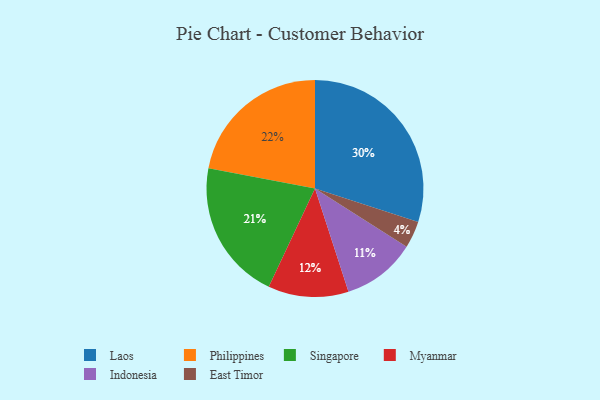
{"axis": {"x": "Category", "y": "Percentage"}, "legend": ["East Timor", "Indonesia", "Laos", "Myanmar", "Philippines", "Singapore"], "data": [{"x": "Philippines", "y": 22, "type": "Philippines"}, {"x": "Myanmar", "y": 12, "type": "Myanmar"}, {"x": "East Timor", "y": 4, "type": "East Timor"}, {"x": "Laos", "y": 30, "type": "Laos"}, {"x": "Singapore", "y": 21, "type": "Singapore"}, {"x": "Indonesia", "y": 11, "type": "Indonesia"}]}